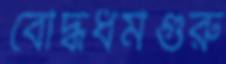
বৌদ্ধধর্মগুরু